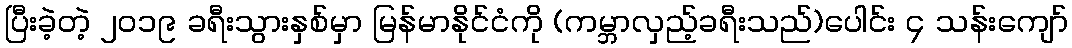
ပြီးခဲ့တဲ့ ၂၀၁၉ ခရီးသွားနှစ်မှာ မြန်မာနိုင်ငံကို (ကမ္ဘာလှည့်ခရီးသည်)ပေါင်း ၄ သန်းကျော်